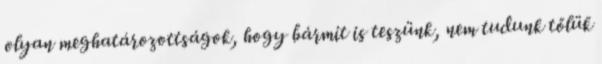
olyan meghatározottságok, hogy bármit is teszünk, nem tudunk tőlük